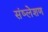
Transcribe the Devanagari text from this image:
संष्लेशण